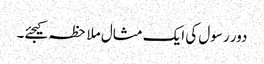
دور رسول کی ایک مثال ملاحظہ کیجئے۔